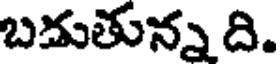
బదుతున్న ది.